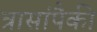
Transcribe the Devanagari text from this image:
त्रासांपैकी